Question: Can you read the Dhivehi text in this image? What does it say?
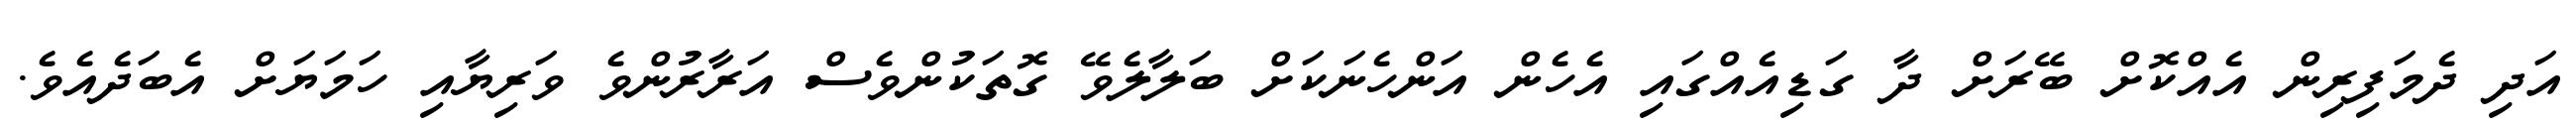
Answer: އަދި ދެމަފިރިން އެއްކޮށް ބޭރަށް ދާ ގަޑިއެއްގައި އެހެން އަންހެނަކަށް ބަލާލެވޭ ގޮތަކުންވެސް އަރާރުންވެ ވަރިޔާއި ހަމަޔަށް އެބަދެއެވެ.